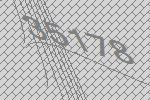
35178